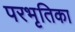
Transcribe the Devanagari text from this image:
परभृतिका